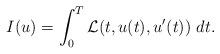
LaTeX: \begin{align*}I(u)=\int_{0}^T \mathcal{L}(t,u(t),u'(t))\ dt.\end{align*}